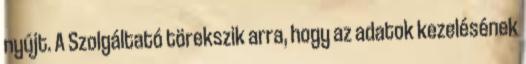
nyújt. A Szolgáltató törekszik arra, hogy az adatok kezelésének